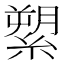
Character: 𦃗